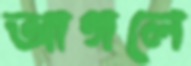
আগলে